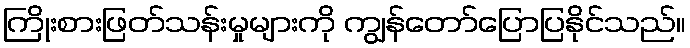
ကြိုးစားဖြတ်သန်းမှုများကို ကျွန်တော်ပြောပြနိုင်သည်။